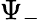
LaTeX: \Psi_{-}